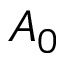
A _ { 0 }